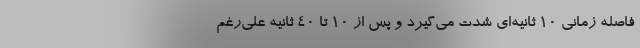
فاصله زمانی ۱۰ ثانیه‌ای شدت می‌گیرد و پس از ۱۰ تا ۴۰ ثانیه علی‌رغم